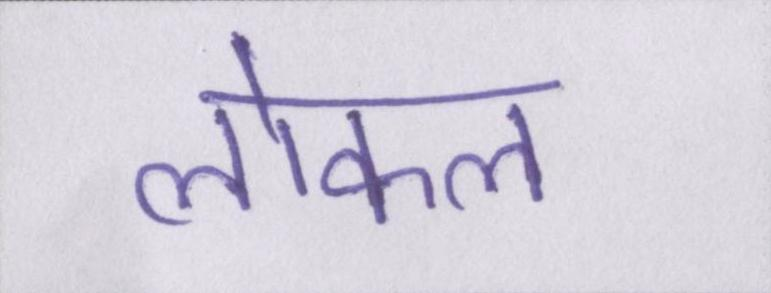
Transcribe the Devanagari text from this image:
लोकल